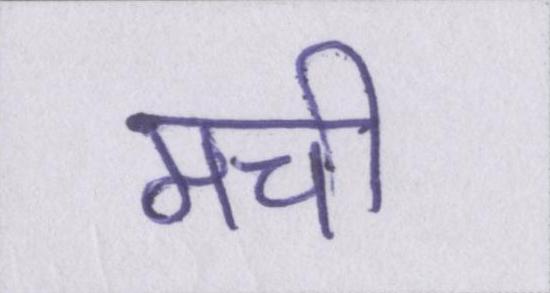
मची